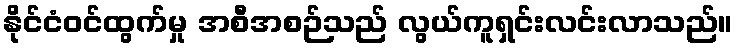
နိုင်ငံဝင်ထွက်မှု အစီအစဉ်သည် လွယ်ကူရှင်းလင်းလာသည်။